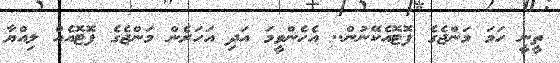
ތީނީ ހަމަ މަންޖެގެ ފޮޓޮއެކޭނުން.. އެހެންވީމަ އަދި އަހަރެން މަންޖެގެ ފޮޓޮއެއް ލިއްޔާ